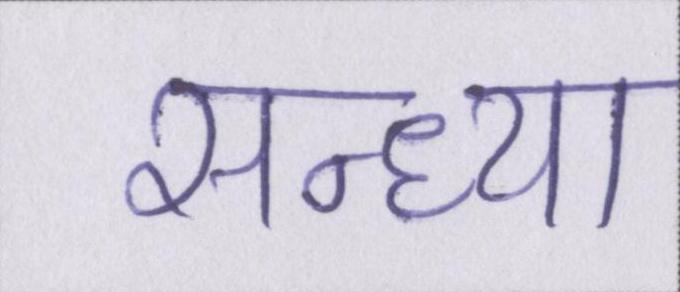
सन्ध्या